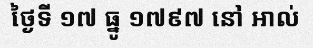
ថ្ងៃទី ១៧ ធ្នូ ១៧៩៧ នៅ អាល់